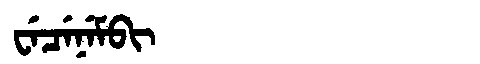
Manchu: ᠸᡝᠴᡝᠨᡝᠮᠪᡳ
Romanization: WECENEMBI